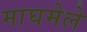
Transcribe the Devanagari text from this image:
माघमेले